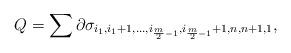
LaTeX: \begin{align*}Q=\sum\partial\sigma_{i_{1},i_{1}+1,\dots,i_{\frac{m}{2}-1},i_{\frac{m}{2}-1}+1,n,n+1,1},\end{align*}